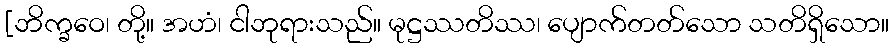
[ဘိက္ခဝေ၊ တို့။ အဟံ၊ ငါဘုရားသည်။ မုဋ္ဌဿတိဿ၊ ပျောက်တတ်သော သတိရှိသော။